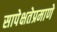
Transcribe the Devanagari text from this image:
सापेक्षतेप्रमाणे